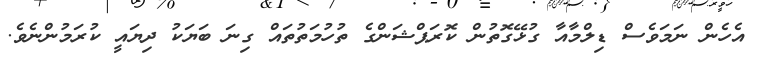
އެހެން ނަމަވެސް ޑިލްމާއާ ގުޅޭގޮތުން ކޮރަޕްޝަންގެ ތުހުމަތުތައް ގިނަ ބަޔަކު ދިޔައީ ކުރަމުންނެވެ.